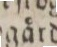
Lundgaard.